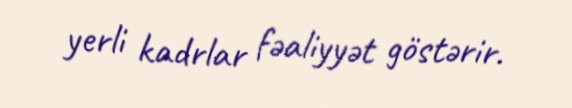
yerli kadrlar fəaliyyət göstərir.